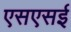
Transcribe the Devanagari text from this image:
एसएसई